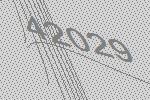
42029